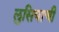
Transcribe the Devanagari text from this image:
लुसियाची